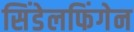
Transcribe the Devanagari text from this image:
सिंडेलफिंगेन